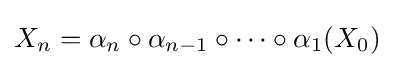
X_{n}=\alpha _{n}\circ \alpha _{n-1}\circ \dots \circ \alpha _{1}(X_{0})